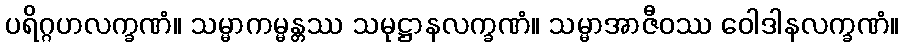
ပရိဂ္ဂဟလက္ခဏံ။ သမ္မာကမ္မန္တဿ သမုဋ္ဌာနလက္ခဏံ။ သမ္မာအာဇီဝဿ ဝေါဒါနလက္ခဏံ။